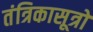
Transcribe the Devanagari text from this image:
तंत्रिकासूत्रों